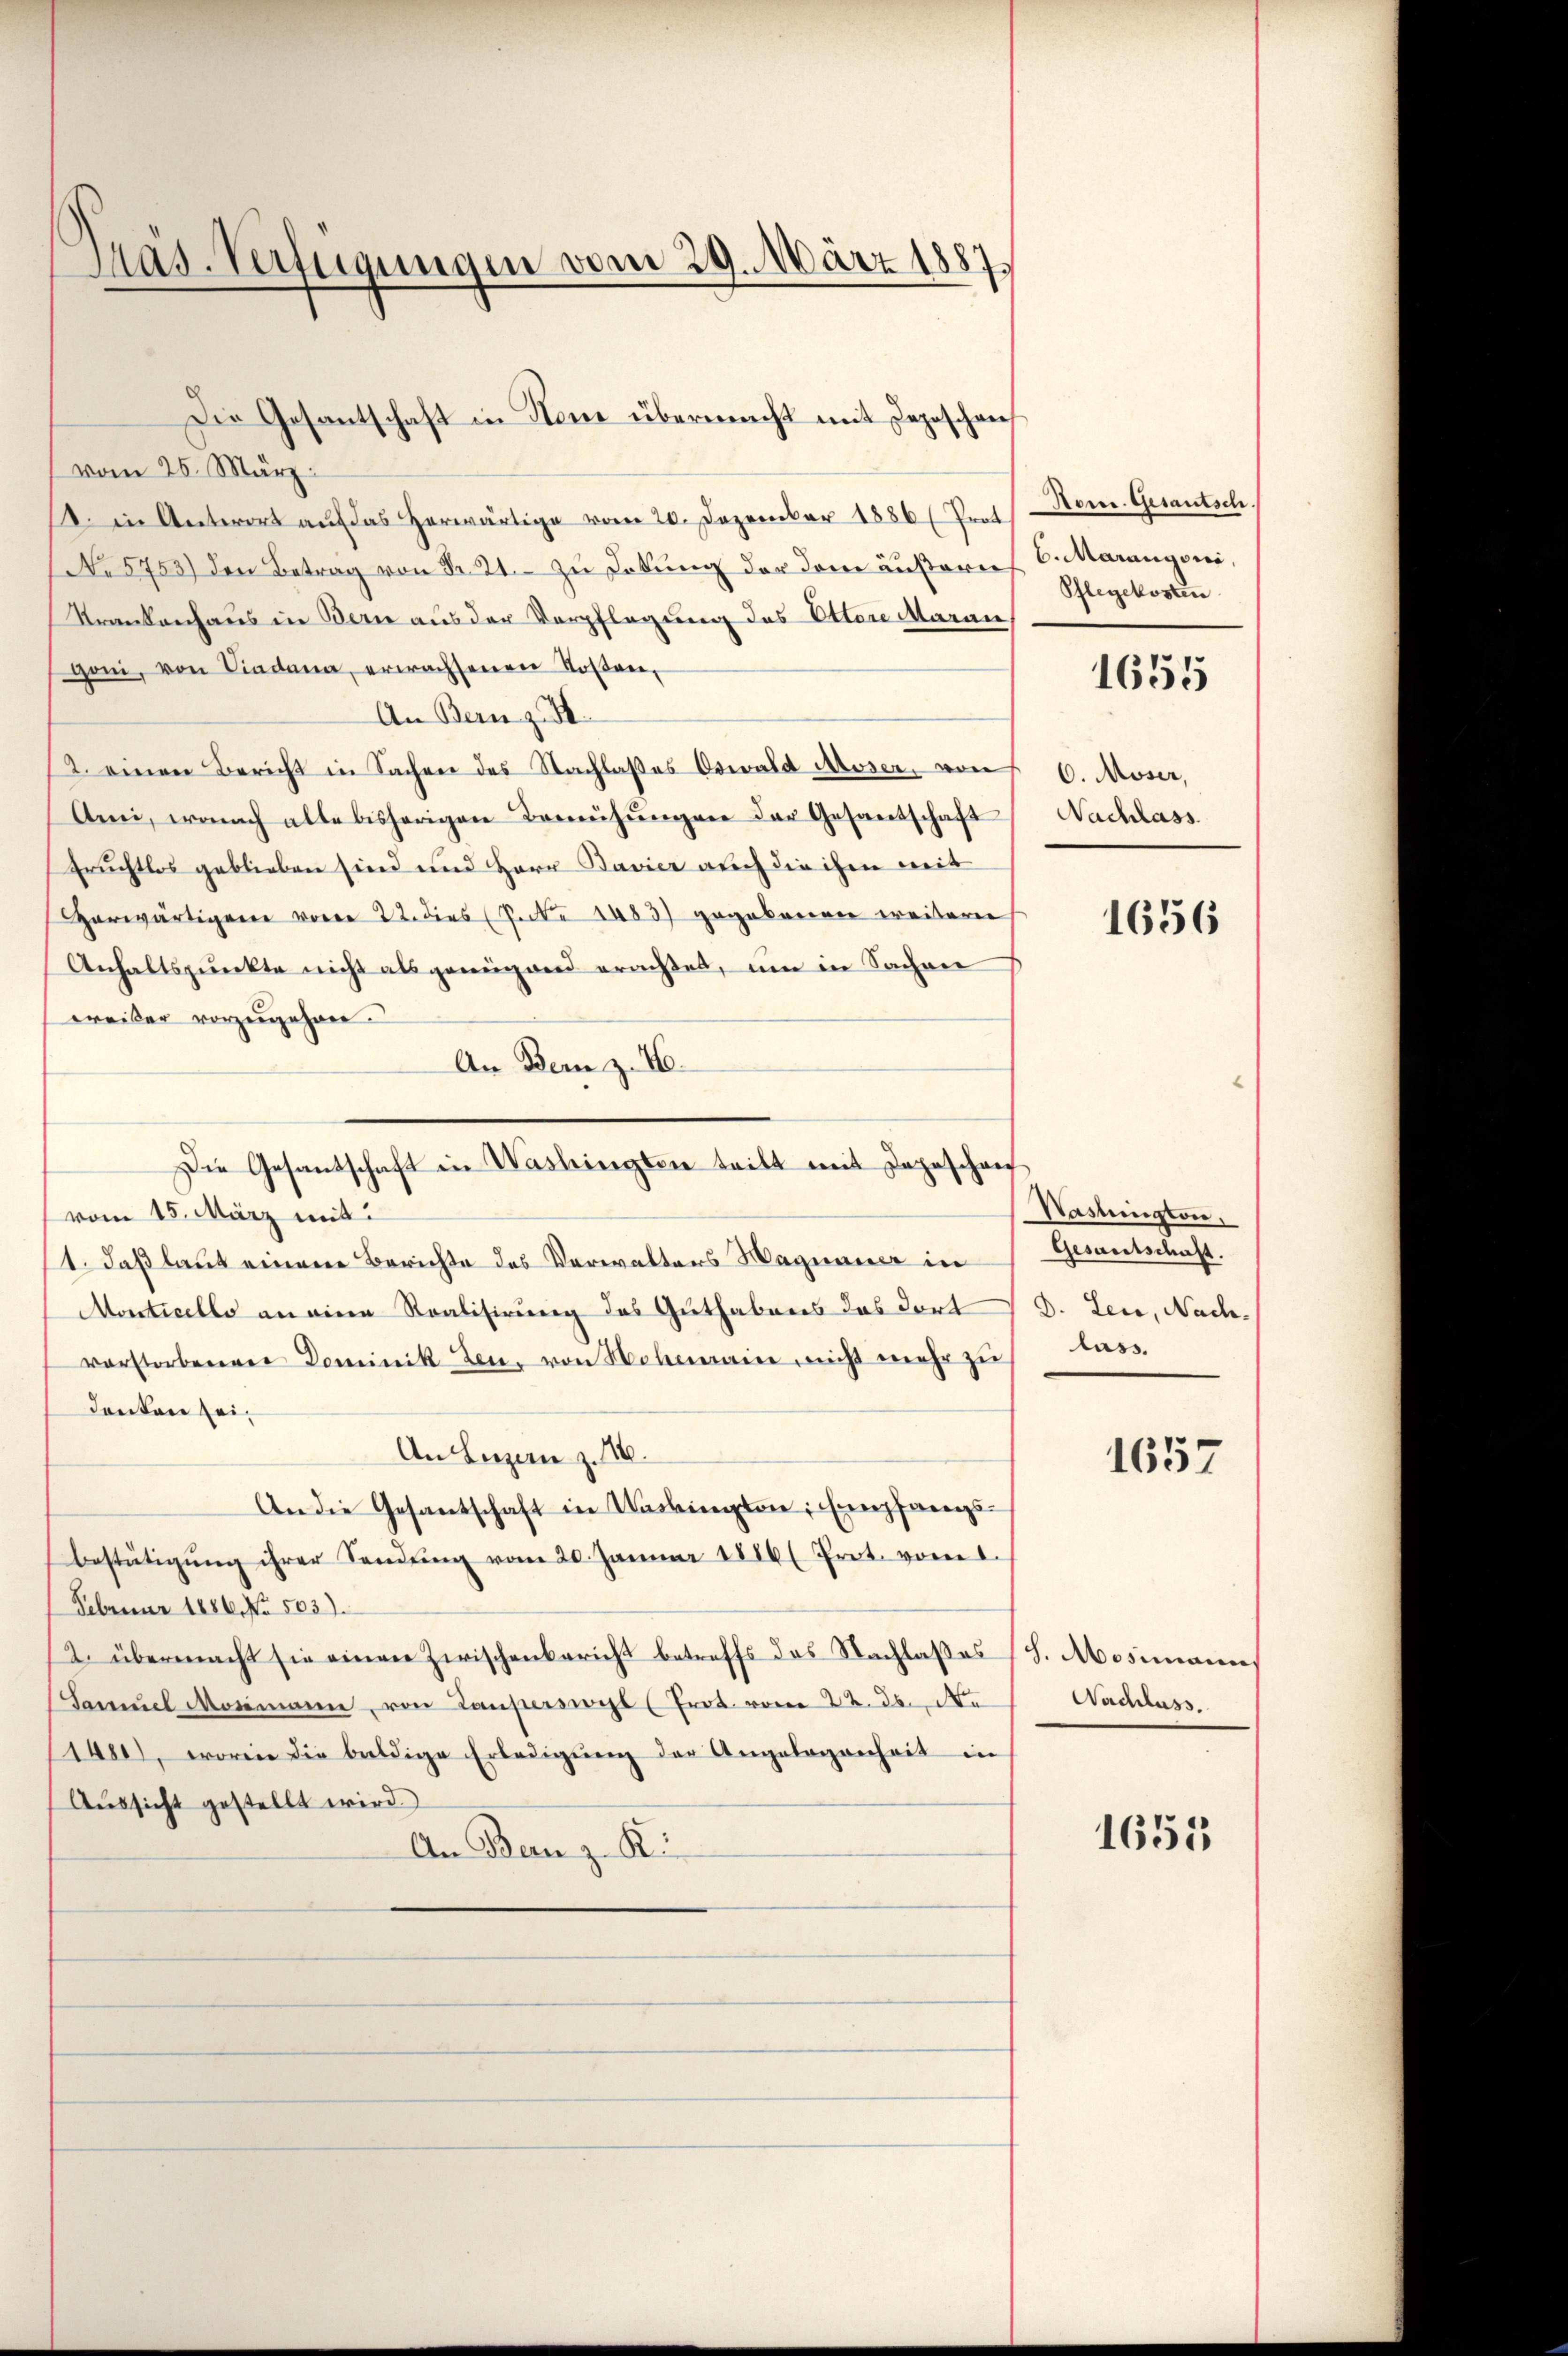
Mas. Verfügungen vom 29. März 1887.

vom 25. März.
1. in Antwort aŭf das herwärtige vom 20. Dezember 1886 ( Prot
No 5753) den Betrag von Fr. 21. zu Lokung der den äußern 6. Maringoni,
Krankenhaus in Bern aus der Verpflegung des Ottore Aarau,
goni, von Sindama, erwachsenen Tosen,
An Bern z. B.
2. einen Bericht in Sachen des Nachlaßes Oswald Moser, von 6. Moser,
Ami, wonach alte bisherigen Bemühŭngen der Gesantschaft Nachlass
Fruchtlos geblieben sind und Herr Pavier auch die ihm mit
Herwärtigen vom 22. dies 7. No 1483) gegebenen weitern
Anhaltspunkte nicht als genügend erachtet, um in Sachen
weiler vorzugehen.
An Bern z. B.
Die Gesantschaft in Washingten teilt mit Depeschen
vom 15. März mit
1. daß laut einen Berichte des Verwalters Hagnauer in Gesantschaft.
Monticello an eine Realisirung des Guthabens das dort d. Leu, Nachvorstorbenen Dominik den, von Hohenrain, nicht mehr zu
denten sei.
An Luzern z. 16.
An die Gesantschaft in Wackington, Empfangsbestätigŭng ihrer Sandŭng vom 20. Januar 1886/ Prot. vom 1.
Februar 1886 No. 503)
2. übermacht sie einen Zwischenbericht betreffs des Nachlasses (S. Mosimannes
Samŭel Mosimann, von Lauperswyl (Prot. vom 22. ds. de
1480, worin die baldige Erledigŭng der Angelegenheit in
Aŭssicht gestellt wird.
An Bern z. Ki

Die Gesantschaft in Stone übermacht mit Depeschens

Dom. Gesautsch.
Pflegekosten
1655

Naslington,
lass

1657

Nachlass.

1655

1656